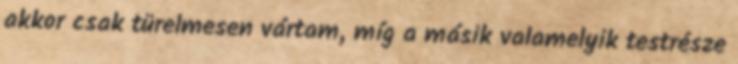
akkor csak türelmesen vártam, míg a másik valamelyik testrésze